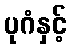
ပုဂံနှင့်